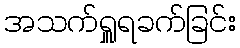
အသက်ရှူရခက်ခြင်း